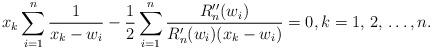
LaTeX: \begin{align*}x_k\sum_{i=1}^{n} {\frac{1}{x_k-w_i}}-\frac{1}{2} \sum_{i=1}^{n}\frac{R_n^{\prime \prime}(w_i)}{R_n^{\prime}(w_i)(x_k-w_i)}= 0, k=1,\,2,\, \ldots, n.\end{align*}